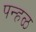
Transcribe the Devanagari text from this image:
पन्हळ